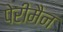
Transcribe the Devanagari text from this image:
पेरीमैन